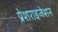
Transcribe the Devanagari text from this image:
प्रेशराइजेशन